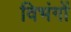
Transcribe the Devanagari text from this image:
विभंगों